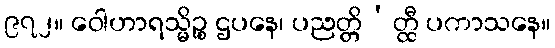
၉၇၂။ ဝေါဟာရသ္မိဉ္စ ဌပနေ၊ ပညတ္တိ’တ္ထီ ပကာသနေ။